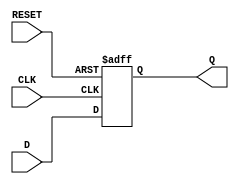
module synchronous_register (
    input wire D,          // Data Input
    input wire CLK,        // Clock Input
    input wire RESET,      // Reset Input (active high)
    output reg Q           // Data Output
);

// Synchronous operation: On the rising edge of CLK, update Q
always @(posedge CLK or posedge RESET) begin
    if (RESET) begin
        Q <= 1'b0;        // Clear the register to 0 on reset
    end else begin
        Q <= D;           // Capture the input data D
    end
end

endmodule